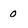
Character: 0